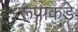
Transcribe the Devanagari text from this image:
रूपाकडे